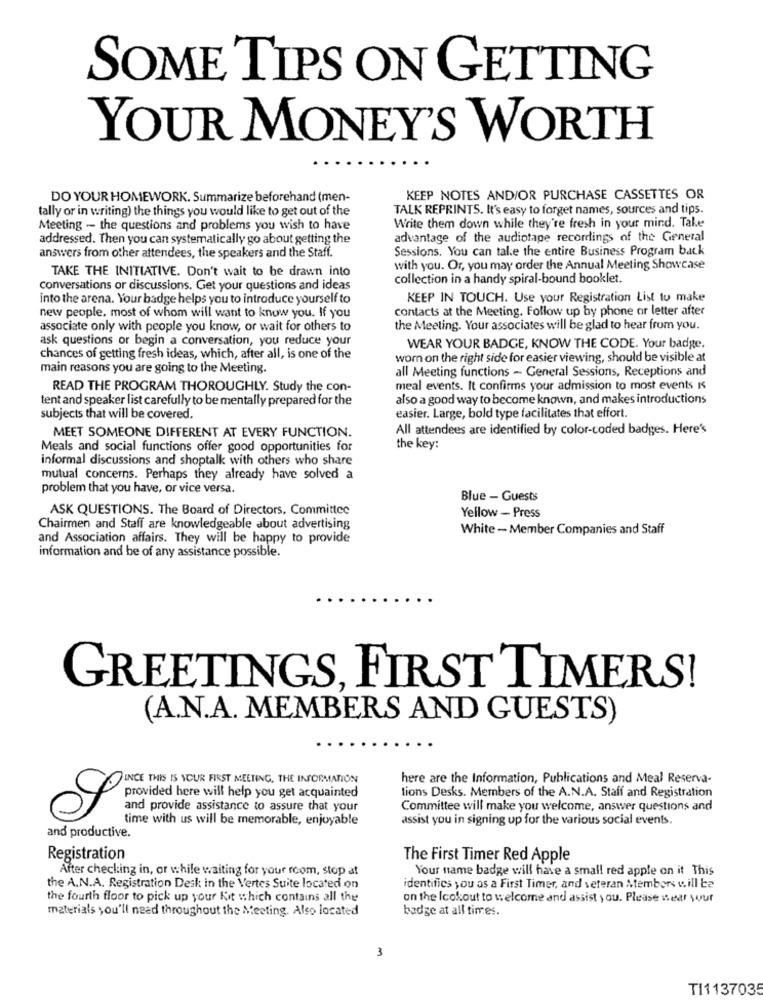
SOME TIPS ON GETTING
YOUR MONEY'S WORTH
DO YOUR HOMEWORK. Summarize beforehand (men-
KEEP NOTES AND/OR PURCHASE CASSETTES OR
tally or in writing) the things you would like to get out of the
TALK REPRINTS. It's easy to forget names, sources and tips.
Meeting - the questions and problems you wish to have
Write them down while they're fresh in your mind. Take
addressed. Then you can systematically go about getting the
advantage of the audiotape recordings of the General
Sessions. You can tale the entire Business Program back
answers from other attendees, the speakers and the Staff.
with you. Or, you may order the Annual Meeting Showcase
TAKE THE INITIATIVE. Don't wait to be drawn into
collection in a handy spiral-bound booklet.
conversations or discussions. Get your questions and ideas
into the arena. Your badge helps you to introduce yourself to
KEEP IN TOUCH. Use your Registration List to make
contacts at the Meeting. Follow up by phone or letter after
new people, most of whom will want to know you. If you
associate only with people you know, or wait for others to
the Meeting. Your associates will be glad to hear from you.
ask questions or begin a conversation, you reduce your
WEAR YOUR BADGE, KNOW THE CODE. Your badge.
chances of getting fresh ideas, which, after all, is one of the
worn on the right side for easier viewing, should be visible at
main reasons you are going to the Meeting.
all Meeting functions - General Sessions, Receptions and
READ THE PROGRAM THOROUGHLY. Study the con-
meal events. It confirms your admission to most events Is
tent and speaker list carefully to be mentally prepared for the
also a good way to become known, and makes introductions
subjects that will be covered.
easier. Large, bold type facilitates that effort.
MEET SOMEONE DIFFERENT AT EVERY FUNCTION.
All attendees are identified by color-coded badges. Here's
Meals and social functions offer good opportunities for
the key:
informal discussions and shoptalk with others who share
mutual concerns. Perhaps they already have solved a
problem that you have, or vice versa.
Blue - Guests
ASK QUESTIONS. The Board of Directors, Committee
Yellow - Press
Chairmen and Staff are knowledgeable about advertising
White - Member Companies and Staff
and Association affairs. They will be happy to provide
information and be of any assistance possible.
GREETINGS, FIRST TIMERS!
(A.N.A. MEMBERS AND GUESTS)
INCE THIS IS YOUR FIRST MEETING, THE INFORMATION
here are the Information, Publications and Meal Reserva-
provided here will help you get acquainted
tions Desks. Members of the A.N.A. Staff and Registration
and provide assistance to assure that your
Committee will make you welcome, answer questions and
time with us will be memorable, enjoyable
assist you in signing up for the various social events.
and productive.
Registration
The First Timer Red Apple
After checking in, or while waiting for your room, stop at
Your name badge will have a small red apple on it This
the A.N.A. Registration Desk in the Vertes Suite located on
identifies you as a First Timer, and veteran Atembers will be
the fourth floor to pick up your Kit which contains all the
on the Icokout to welcome and assist you. Please wear your
materials you'll need throughout the Meeting. Also located
badge at all times.
3
TI113703